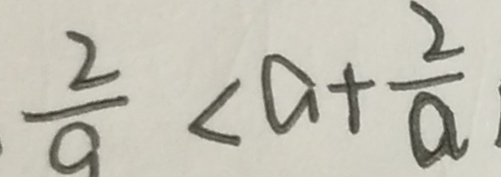
\frac { 2 } { a } < a + \frac { 2 } { a }